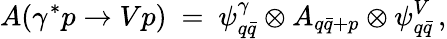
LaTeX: A(\gamma^{*}p\to Vp)\ =\ \psi_{q\bar{q}}^{\gamma}\otimes A_{q\bar{q}+p}\otimes\psi_{q\bar{q}}^{V}\, ,